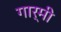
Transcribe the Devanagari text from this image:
गार्मी